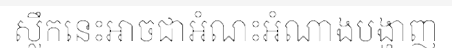
ស្លឹកនេះអាចជាអំណះអំណាងបង្ហាញ